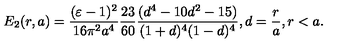
E _ { 2 } ( r , a ) = \frac { ( \varepsilon - 1 ) ^ { 2 } } { 1 6 \pi ^ { 2 } a ^ { 4 } } \frac { 2 3 } { 6 0 } \frac { ( d ^ { 4 } - 1 0 d ^ { 2 } - 1 5 ) } { ( 1 + d ) ^ { 4 } ( 1 - d ) ^ { 4 } } , d = \frac { r } { a } , r < a .